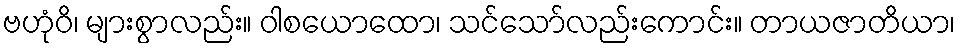
ဗဟုံဝိ၊ များစွာလည်း။ ဝါစယောထော၊ သင်သော်လည်းကောင်း။ တာယဇာတိယာ၊